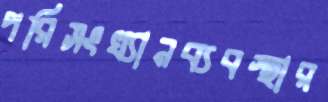
পরিসংখ্যানব্যবস্থার